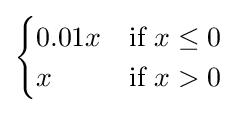
{\begin{cases}0.01x&{\text{if }}x\leq 0\\x&{\text{if }}x>0\end{cases}}